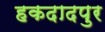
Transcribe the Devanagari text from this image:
हकदादपुर